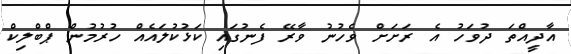
އާދީއްތަ ދުވަހު އެ ރަށަށް ވެހުނު ވާރޭ ފެނުގައި ކަޅުކުލައެއް ހުރުމުން ޕްބްލިކް